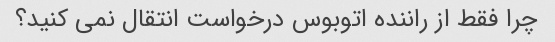
چرا فقط از راننده اتوبوس درخواست انتقال نمی کنید؟